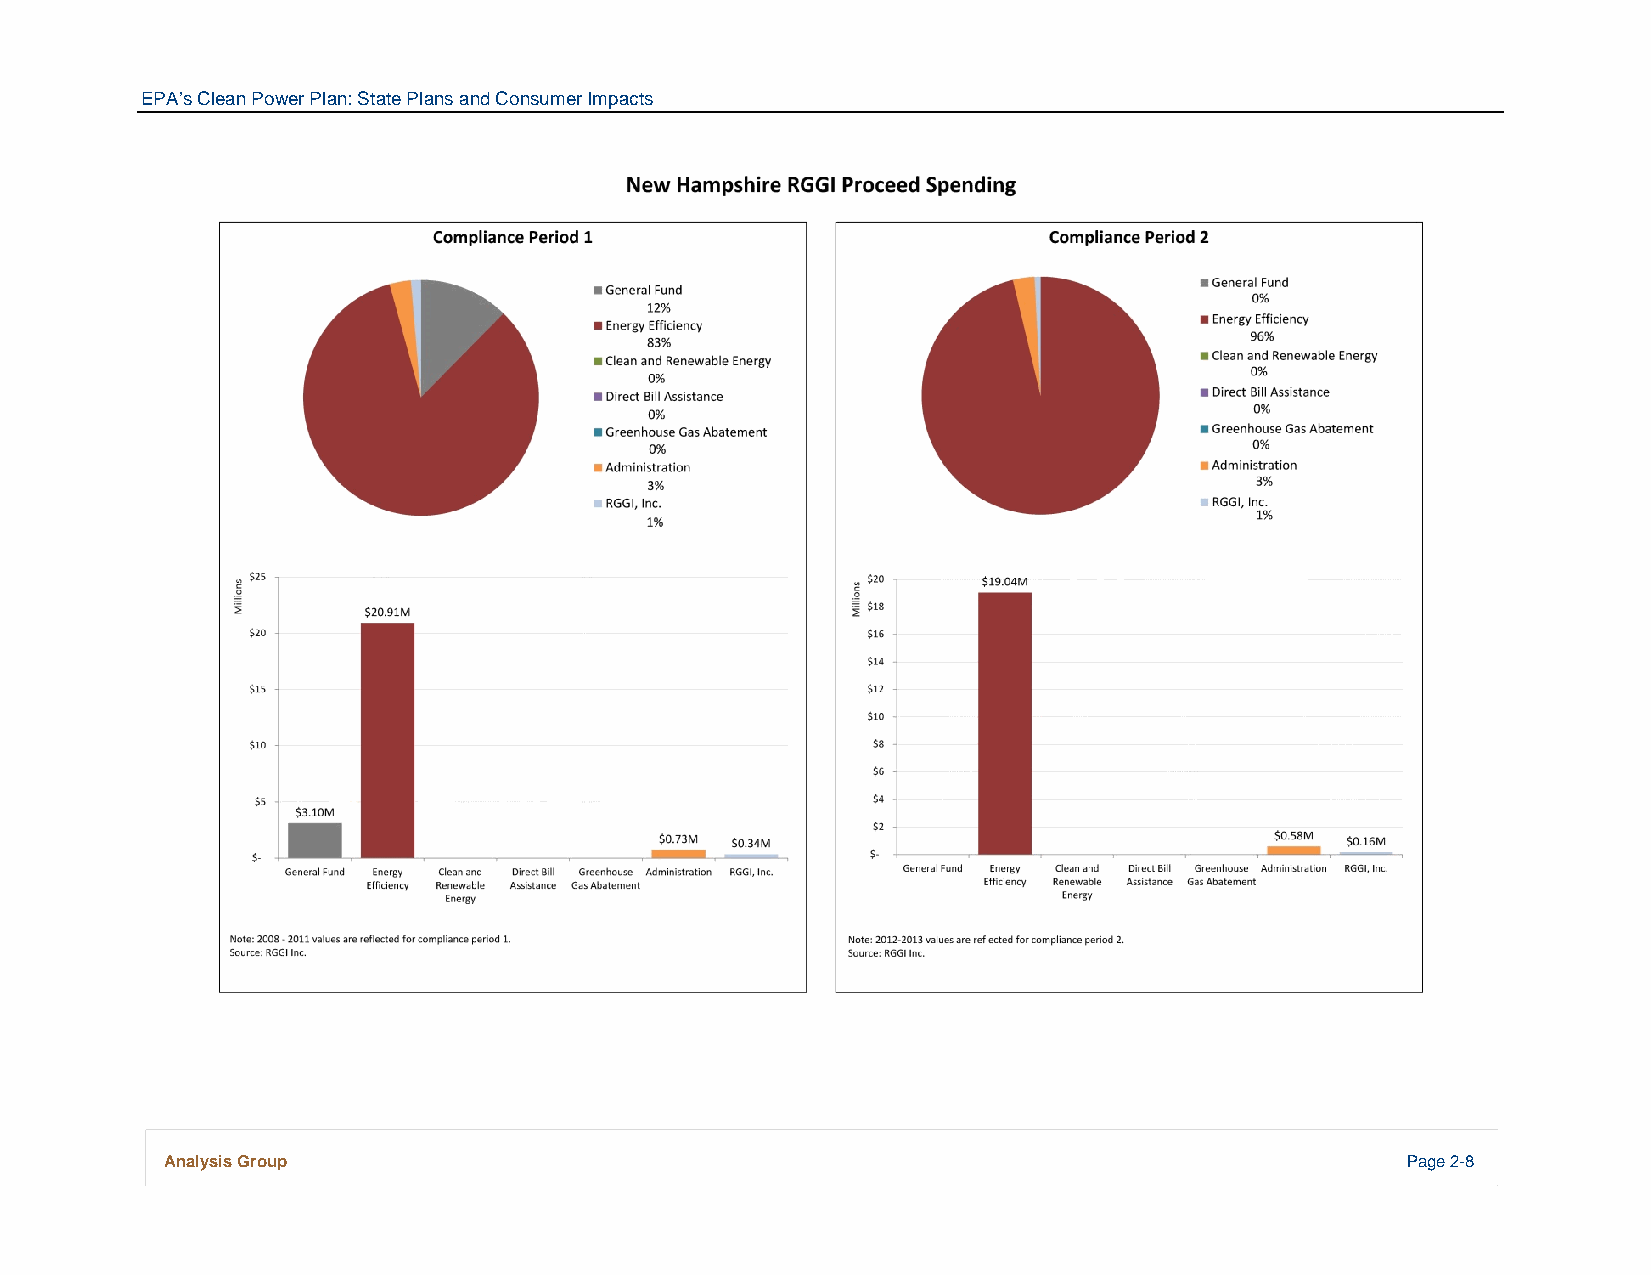
EPA’s Clean Power Plan: State Plans and Consumer Impacts
 Analysis Group                                                                    Page 2-8